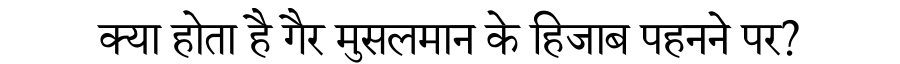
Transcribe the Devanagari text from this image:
क्या होता है गैर मुसलमान के हिजाब पहनने पर?